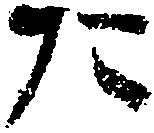
た